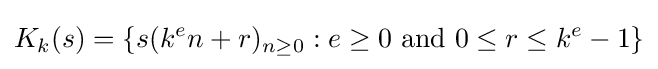
K_{k}(s)=\{s(k^{e}n+r)_{n\geq 0}:e\geq 0{\text{ and }}0\leq r\leq k^{e}-1\}